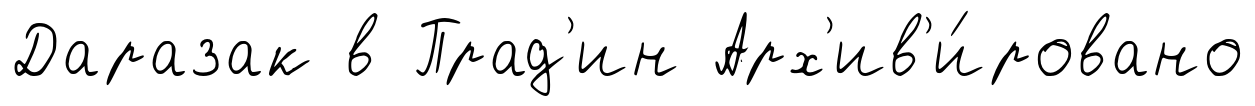
Даразак в Прад'ин Арх'ив'и́ровано